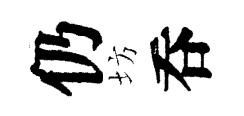
仍坊呑